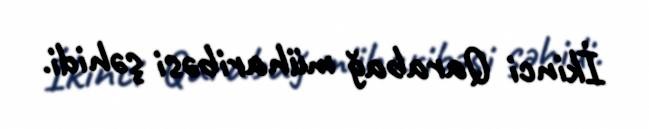
İkinci Qarabağ müharibəsi şəhidi.